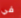
في